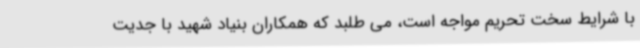
با شرایط سخت تحریم مواجه است، می طلبد که همکاران بنیاد شهید با جدیت